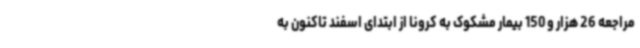
مراجعه 26 هزار و 150 بیمار مشکوک به کرونا از ابتدای اسفند تاکنون به